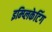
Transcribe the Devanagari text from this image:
इम्प्लिकेटिंग